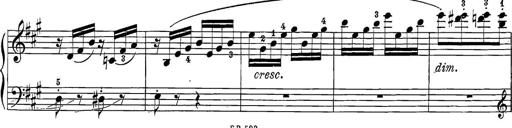
Title: 12 Sonatine per Pianoforte
Composer: Friedrich Kuhlau